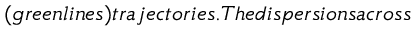
( g r e e n l i n e s ) t r a j e c t o r i e s . T h e d i s p e r s i o n s a c r o s s